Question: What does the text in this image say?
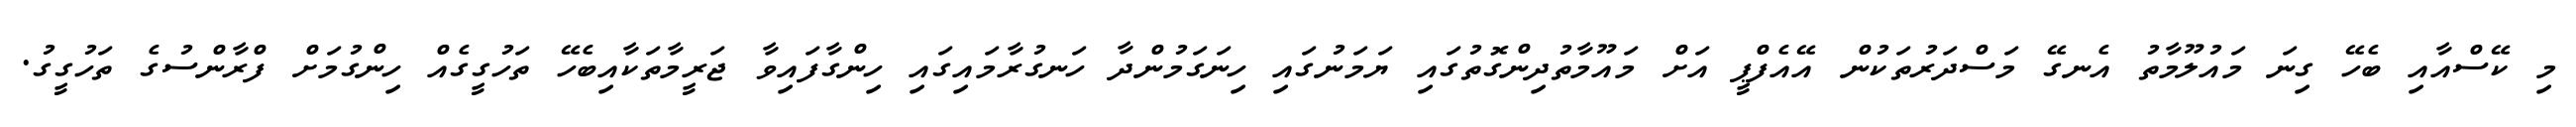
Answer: މި ކޭސްއާއި ބެހޭ ގިނަ މައުލޫމާތު އެނގޭ މަސްދަރުތަކުން އޭއެފްޕީ އަށް މައޫމާތުދިންގޮތުގައި ޔަމަނުގައި ހިނަގަމުންދާ ހަނގުރާމައިގައި ހިންގާފައިވާ ޖަރީމާތަކާއިބެހޭ ތަހުގީގެއް ހިންގުމަށް ފްރާންސުގެ ތަހުގީގު.